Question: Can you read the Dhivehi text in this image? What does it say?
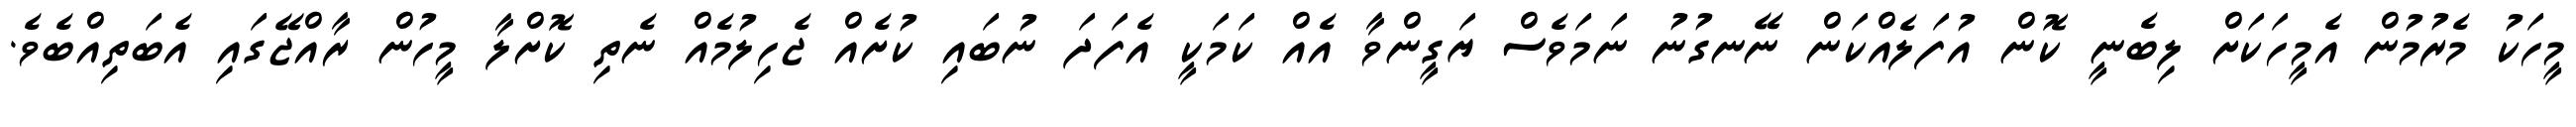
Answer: މީހަކު މެރުމުން އެމީހަކަށް ލިބެނީ ކޮން އުފަލެއްކަން ނޭނގުނު ނަމަވެސް ޔަގީންވާ އެއް ކަމަކީ އެފަދަ ނުބައި ކުށެއް ޖެހިލުމެއް ނެތި ކޮށްލާ މީހުން ރާއްޖޭގައި އެބަތިއްބެވެ.